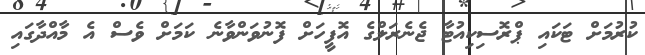
ކުރުމަށް ޓަކައި ޕްރޮސިކިއުޓާ ޖެނެރަލްގެ އޮފީހަށް ފޮނުވަންވާނެ ކަމަށް ވެސް އެ މާއްދާގައި